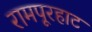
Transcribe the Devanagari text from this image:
रामपूरहाट